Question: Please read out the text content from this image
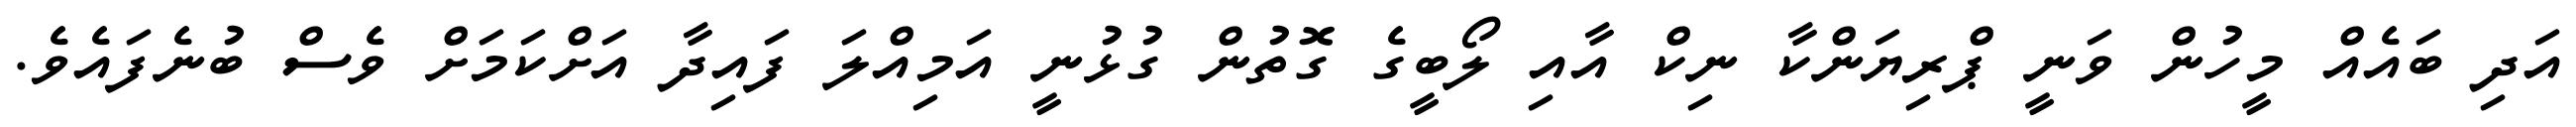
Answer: އަދި ބައެއް މީހުން ވަނީ ޕްރިޔަންކާ ނިކް އާއި ލޯބީގެ ގޮތުން ގުޅުނީ އަމިއްލަ ފައިދާ އަށްކަމަށް ވެސް ބުނެފައެވެ.